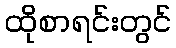
ထိုစာရင်းတွင်